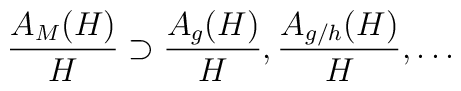
\frac{A_M (H)}{H} \supset \frac{A_g (H)}{H} , \frac{A_{g/h} (H)}{H} ,\ldots